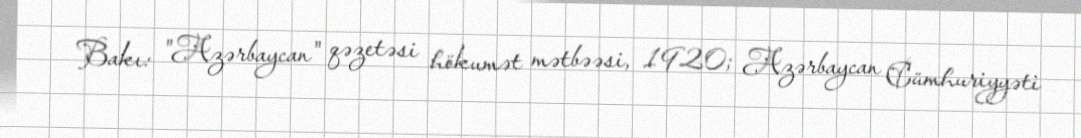
Bakı: "Azərbaycan" qəzetəsi hökumət mətbəəsi, 1920; Azərbaycan Cümhuriyyəti